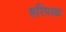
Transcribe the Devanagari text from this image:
हरिपाळ